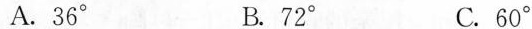
A.36° B.72° C.60°